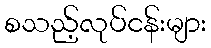
စသည့်လုပ်ငန်းများ